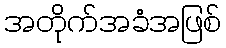
အတိုက်အခံအဖြစ်